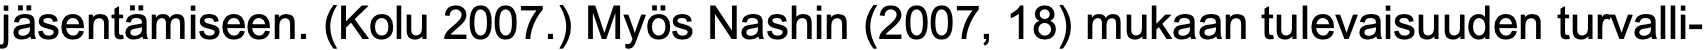
jäsentämiseen. (Kolu 2007.) Myös Nashin (2007, 18) mukaan tulevaisuuden turvalli-